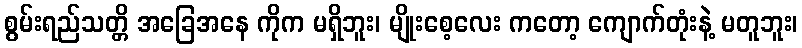
စွမ်းရည်သတ္တိ အခြေအနေ ကိုက မရှိဘူး၊ မျိုးစေ့လေး ကတော့ ကျောက်တုံးနဲ့ မတူဘူး၊